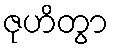
ဇုဟိတွာ